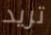
تريد